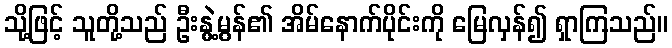
သို့ဖြင့် သူတို့သည် ဦးနွဲ့မွန်၏ အိမ်နောက်ပိုင်းကို မြေလှန်၍ ရှာကြသည်။